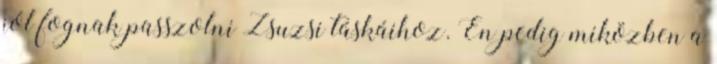
jól fognak passzolni Zsuzsi táskáihoz. Én pedig miközben a